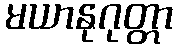
မယာနုဂုတ္တာ